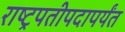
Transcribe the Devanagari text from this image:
राष्ट्रपतीपदापर्यंत